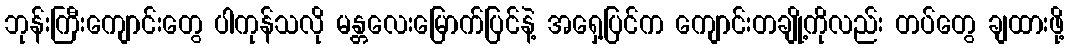
ဘုန်းကြီးကျောင်းတွေ ပါကုန်သလို မန္တလေးမြောက်ပြင်နဲ့ အရှေ့ပြင်က ကျောင်းတချို့ကိုလည်း တပ်တွေ ချထားဖို့